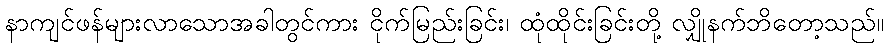
နာကျင်ဖန်များလာသောအခါတွင်ကား ငိုက်မြည်းခြင်း၊ ထုံထိုင်းခြင်းတို့ လျှိုနက်ဘိတော့သည်။